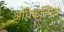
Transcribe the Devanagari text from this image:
अधिकल्पित